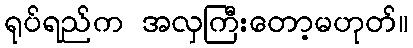
ရုပ်ရည်က အလှကြီးတော့မဟုတ်။